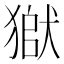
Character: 𤠒